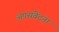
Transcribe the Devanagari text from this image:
अपसंवेदना